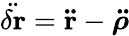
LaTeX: {\ddot{\delta\mathbf{r}}}=\mathbf{\ddot{r}}-{\boldsymbol{\ddot{\rho}}}